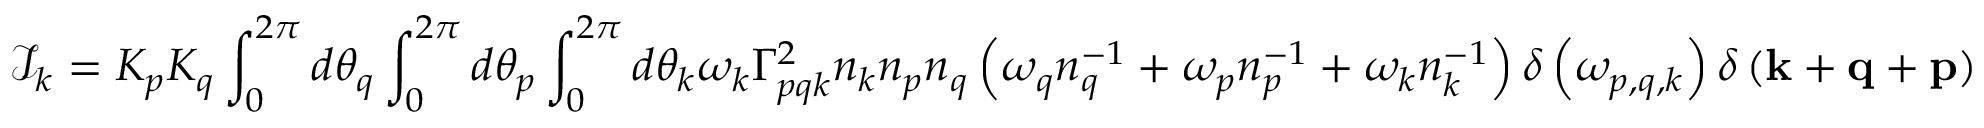
\mathcal { I } _ { k } = K _ { p } K _ { q } \int _ { 0 } ^ { 2 \pi } d \theta _ { q } \int _ { 0 } ^ { 2 \pi } d \theta _ { p } \int _ { 0 } ^ { 2 \pi } d \theta _ { k } \omega _ { k } \Gamma _ { p q k } ^ { 2 } n _ { k } n _ { p } n _ { q } \left( \omega _ { q } n _ { q } ^ { - 1 } + \omega _ { p } n _ { p } ^ { - 1 } + \omega _ { k } n _ { k } ^ { - 1 } \right) \delta \left( \omega _ { p , q , k } \right) \delta \left( \mathbf { k } + \mathbf { q } + \mathbf { p } \right)